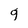
Character: 9